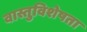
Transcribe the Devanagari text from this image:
वास्तुविशेषता